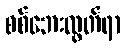
စစ်ဘေးလွတ်ရာ